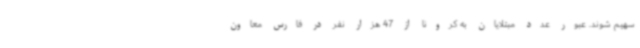
سهیم شوند. عبور عدد مبتلایان به کرونا از 47 هزار نفر در فارس معاون